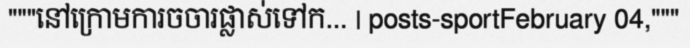
"""នៅក្រោមការចចារផ្លាស់ទៅក... | posts-sportFebruary 04,"""